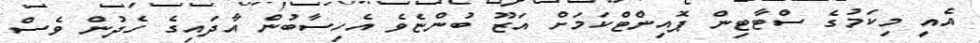
އެއީ މިކަމުގެ ސްޓާޓިން ޕޮއިންޓްކަމަށް އަޒޫ ބުންޏެވެ އެހިސާބުން އާދައިގެ ހެދުން ވެސް